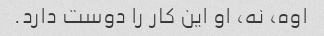
اوه، نه، او این کار را دوست دارد.